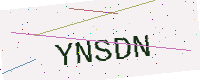
Text: YNSDN